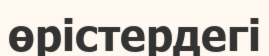
өрістердегі